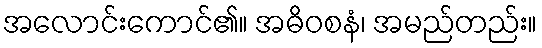
အလောင်းကောင်၏။ အဓိဝစနံ၊ အမည်တည်း။